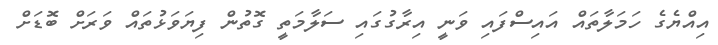
އިއްޔެގެ ހަމަލާތައް އައިސްފައި ވަނީ އިރާގުގައި ސަލާމަތީ ގޮތުން ފިޔަވަޅުތައް ވަރަށް ބޮޑަށް